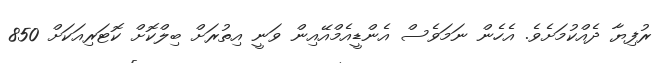
ރުފިޔާ ދެއްކުމަށެވެ. އެހެން ނަމަވެސް އެންޑީއެމްއޭއިން ވަނީ އިތުރަށް ބިލްކޮށް ކޮޓަރިއަކަށް 850